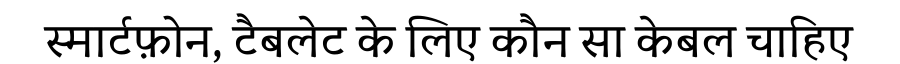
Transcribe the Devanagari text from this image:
स्मार्टफ़ोन, टैबलेट के लिए कौन सा केबल चाहिए